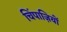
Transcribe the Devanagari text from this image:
चिंपाज़ियों